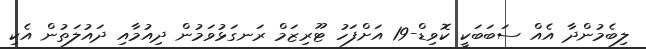
ލިބެމުންދާ އެއް ސަބަބަކީ ކޮވިޑް-19 އަށްފަހު ޓޫރިޒަމް ރަނގަޅުވަމުން ދިއުމާއި ދައުލަތުން އެކި